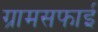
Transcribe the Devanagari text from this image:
ग्रामसफाई